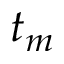
t _ { m }